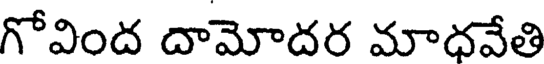
గోవింద దామోదర మాధవేతి